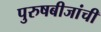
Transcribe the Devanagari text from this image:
पुरुषबीजांची